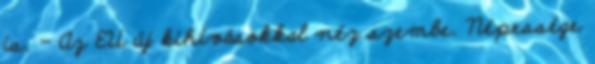
is. - Az EU új kihívásokkal néz szembe. Népessége